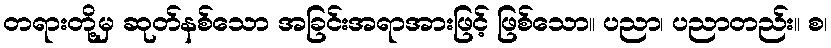
တရားတို့မှ ဆုတ်နစ်သော အခြင်းအရာအားဖြင့် ဖြစ်သော။ ပညာ၊ ပညာတည်း။ စ၊